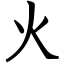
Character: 火